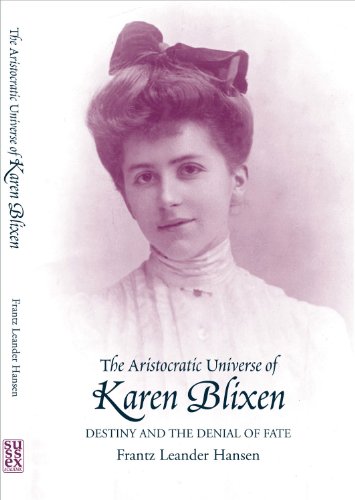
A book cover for The Aristocratic Universe of Karen Blixen: Destiny and the Denial of Fate; Frantz Leander Hansen; Biographies & Memoirs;